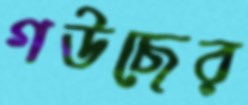
গউছের